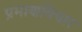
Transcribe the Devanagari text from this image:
प्रमाणविचार